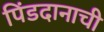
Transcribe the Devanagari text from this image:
पिंडदानाची